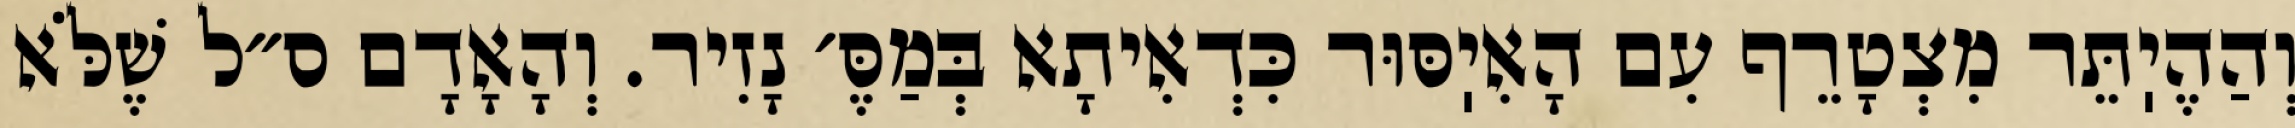
וְהַהֶיֽתֵּר מִצְטָרֵף עִם הָאִיֽסּוּר כִּדְאִיתָא בְּמַסֶּ׳ נָזִיר. וְהָאָדָם ס״ל שֶׁלֹּא